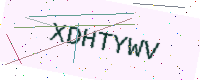
Text: XDHTYWV